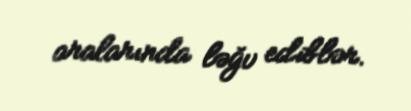
aralarında ləğv ediblər.